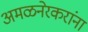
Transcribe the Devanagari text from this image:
अमळनेरकरांना